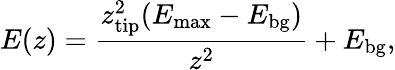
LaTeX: E(z)=\frac{z_{\mathrm{tip}}^{2}(E_{\mathrm{max}}-E_{\mathrm{bg}})}{z^{2}}+E_{\mathrm{bg}},